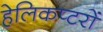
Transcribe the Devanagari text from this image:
हेलिकप्टरों